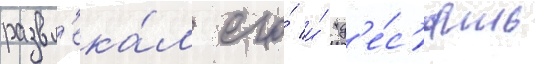
развл'ека́л его́ и́ "д'е́с'ять